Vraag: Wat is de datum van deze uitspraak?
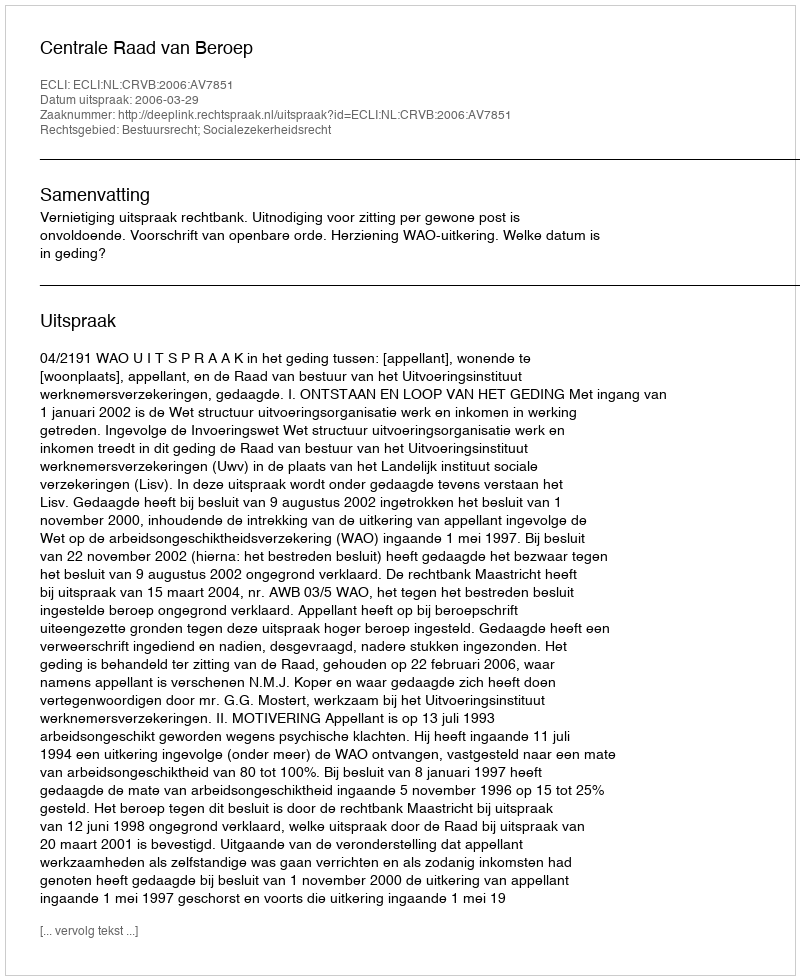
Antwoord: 2006-03-29